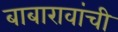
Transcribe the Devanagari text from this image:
बाबारावांची